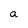
Character: a